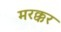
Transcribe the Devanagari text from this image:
मरक्कर